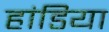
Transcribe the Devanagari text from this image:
हांडिया